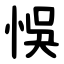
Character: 悞